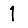
Digit: 1